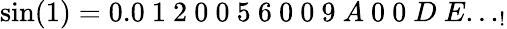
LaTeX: \sin(1)=0.0\ 1\ 2\ 0\ 0\ 5\ 6\ 0\ 0\ 9\ A\ 0\ 0\ D\ E..._{!}